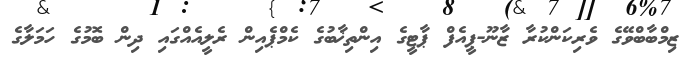
ޒިމްބާބްވޭގެ ވެރިކަންކުރާ ޒާނޫ-ޕީއެފް ޕާޓީގެ އިންތިޚާބުގެ ކެމްޕެއިން ރެލީއެއްގައި ދިން ބޮމުގެ ހަމަލާގެ